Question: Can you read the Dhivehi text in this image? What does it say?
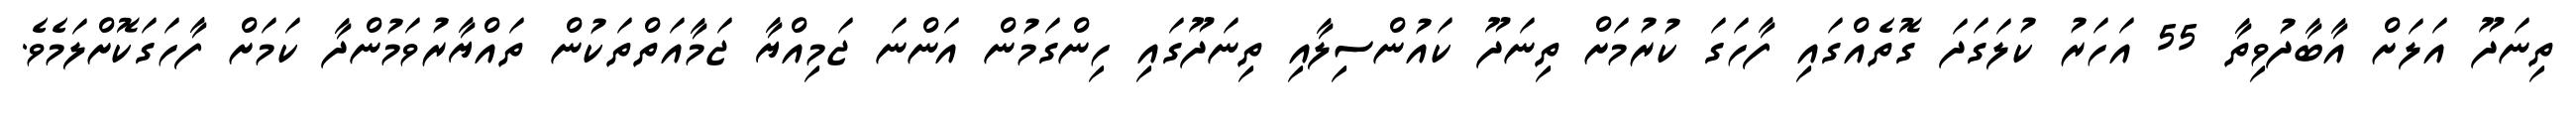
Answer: ތިނަދޫ އަލަށް އާބާދުވިތާ 55 އަހަރު ކުލަގަދަ ގޮތެއްގައި ފާހަގަ ކުރުމަށް ތިނަދޫ ކައުންސިލާއި ތިނަދޫގައި ހިންގަމުން އަންނަ ޖަމިއްޔާ ޖަމާއަތްތަކުން ތައްޔާރުވަމުންދާ ކަމަށް ފާހަގަކޮށްލަމެވެ.